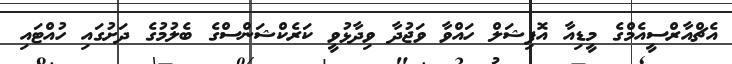
އެޗްއާރްސީއެމްގެ މީޑިއާ އޮފިޝަލް ހައްވާ ވަޖުދާ ވިދާޅުވީ ކަރެކްޝަންސްގެ ބެލުމުގެ ދަށުގައި ހުއްޓައި